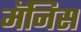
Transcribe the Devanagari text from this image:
मॅनिस